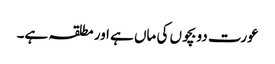
عورت دو بچوں کی ماں ہے اور مطلقہ ہے۔